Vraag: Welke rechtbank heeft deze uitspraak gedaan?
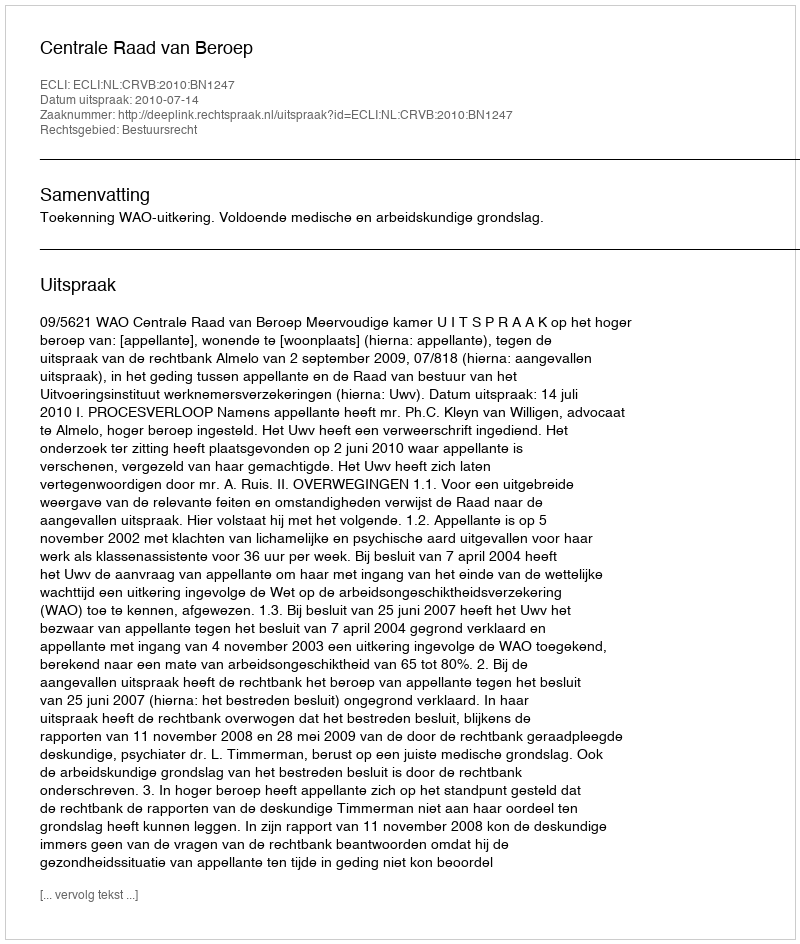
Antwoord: Centrale Raad van Beroep